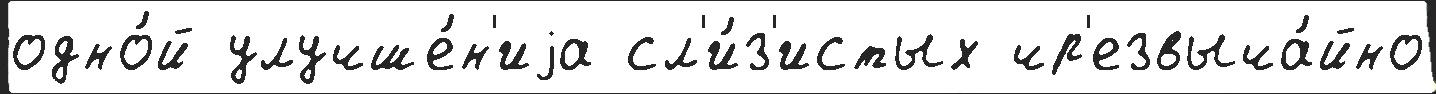
одно́й улучше́н'иjа сл'и́з'истых чр'езвыча́йно